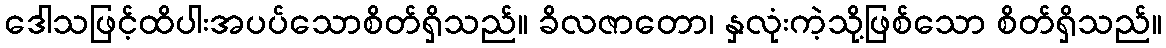
ဒေါသဖြင့်ထိပါးအပပ်သောစိတ်ရှိသည်။ ခိလဇာတော၊ နှလုံးကဲ့သို့ဖြစ်သော စိတ်ရှိသည်။